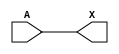
module sky130_fd_sc_lp__dlymetal6s2s_1 (
    X,
    A
);
    output X;
    input  A;
    wire buf0_out_X;
    buf buf0 (buf0_out_X, A              );
    buf buf1 (X         , buf0_out_X     );
endmodule